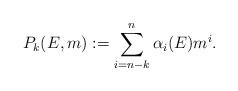
LaTeX: \begin{align*}P_k(E, m) := \sum_{i = n-k}^n \alpha_i(E) m^i.\end{align*}